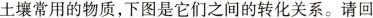
土壤常用的物质，下图是它们之间的转化关系。请回